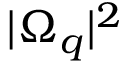
| \Omega _ { q } | ^ { 2 }